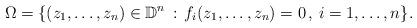
LaTeX: \begin{align*}\Omega =\{ (z_1,\dots, z_n)\in \mathbb D^n \,:\,f_i(z_1,\dots,z_n)=0\,,\, i=1,\dots,n \}.\end{align*}